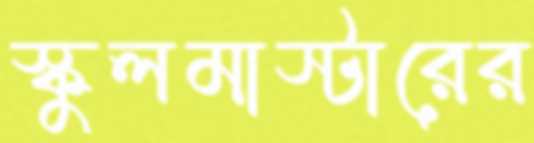
স্কুলমাস্টারের